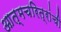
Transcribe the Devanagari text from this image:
आत्मचरित्रांची